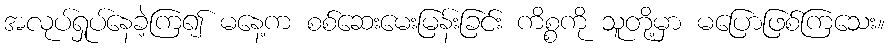
အလုပ်ရှုပ်နေခဲ့ကြ၍ မနေ့က စစ်ဆေးမေးမြန်းခြင်း ကိစ္စကို သူတို့မှာ မပြောဖြစ်ကြသေး။